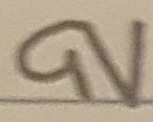
Text: 9V